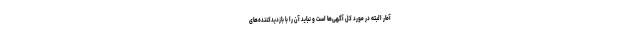
آمار البته در مورد کل آگهی‌ها است و نباید آن را با بازدیدکننده‌های